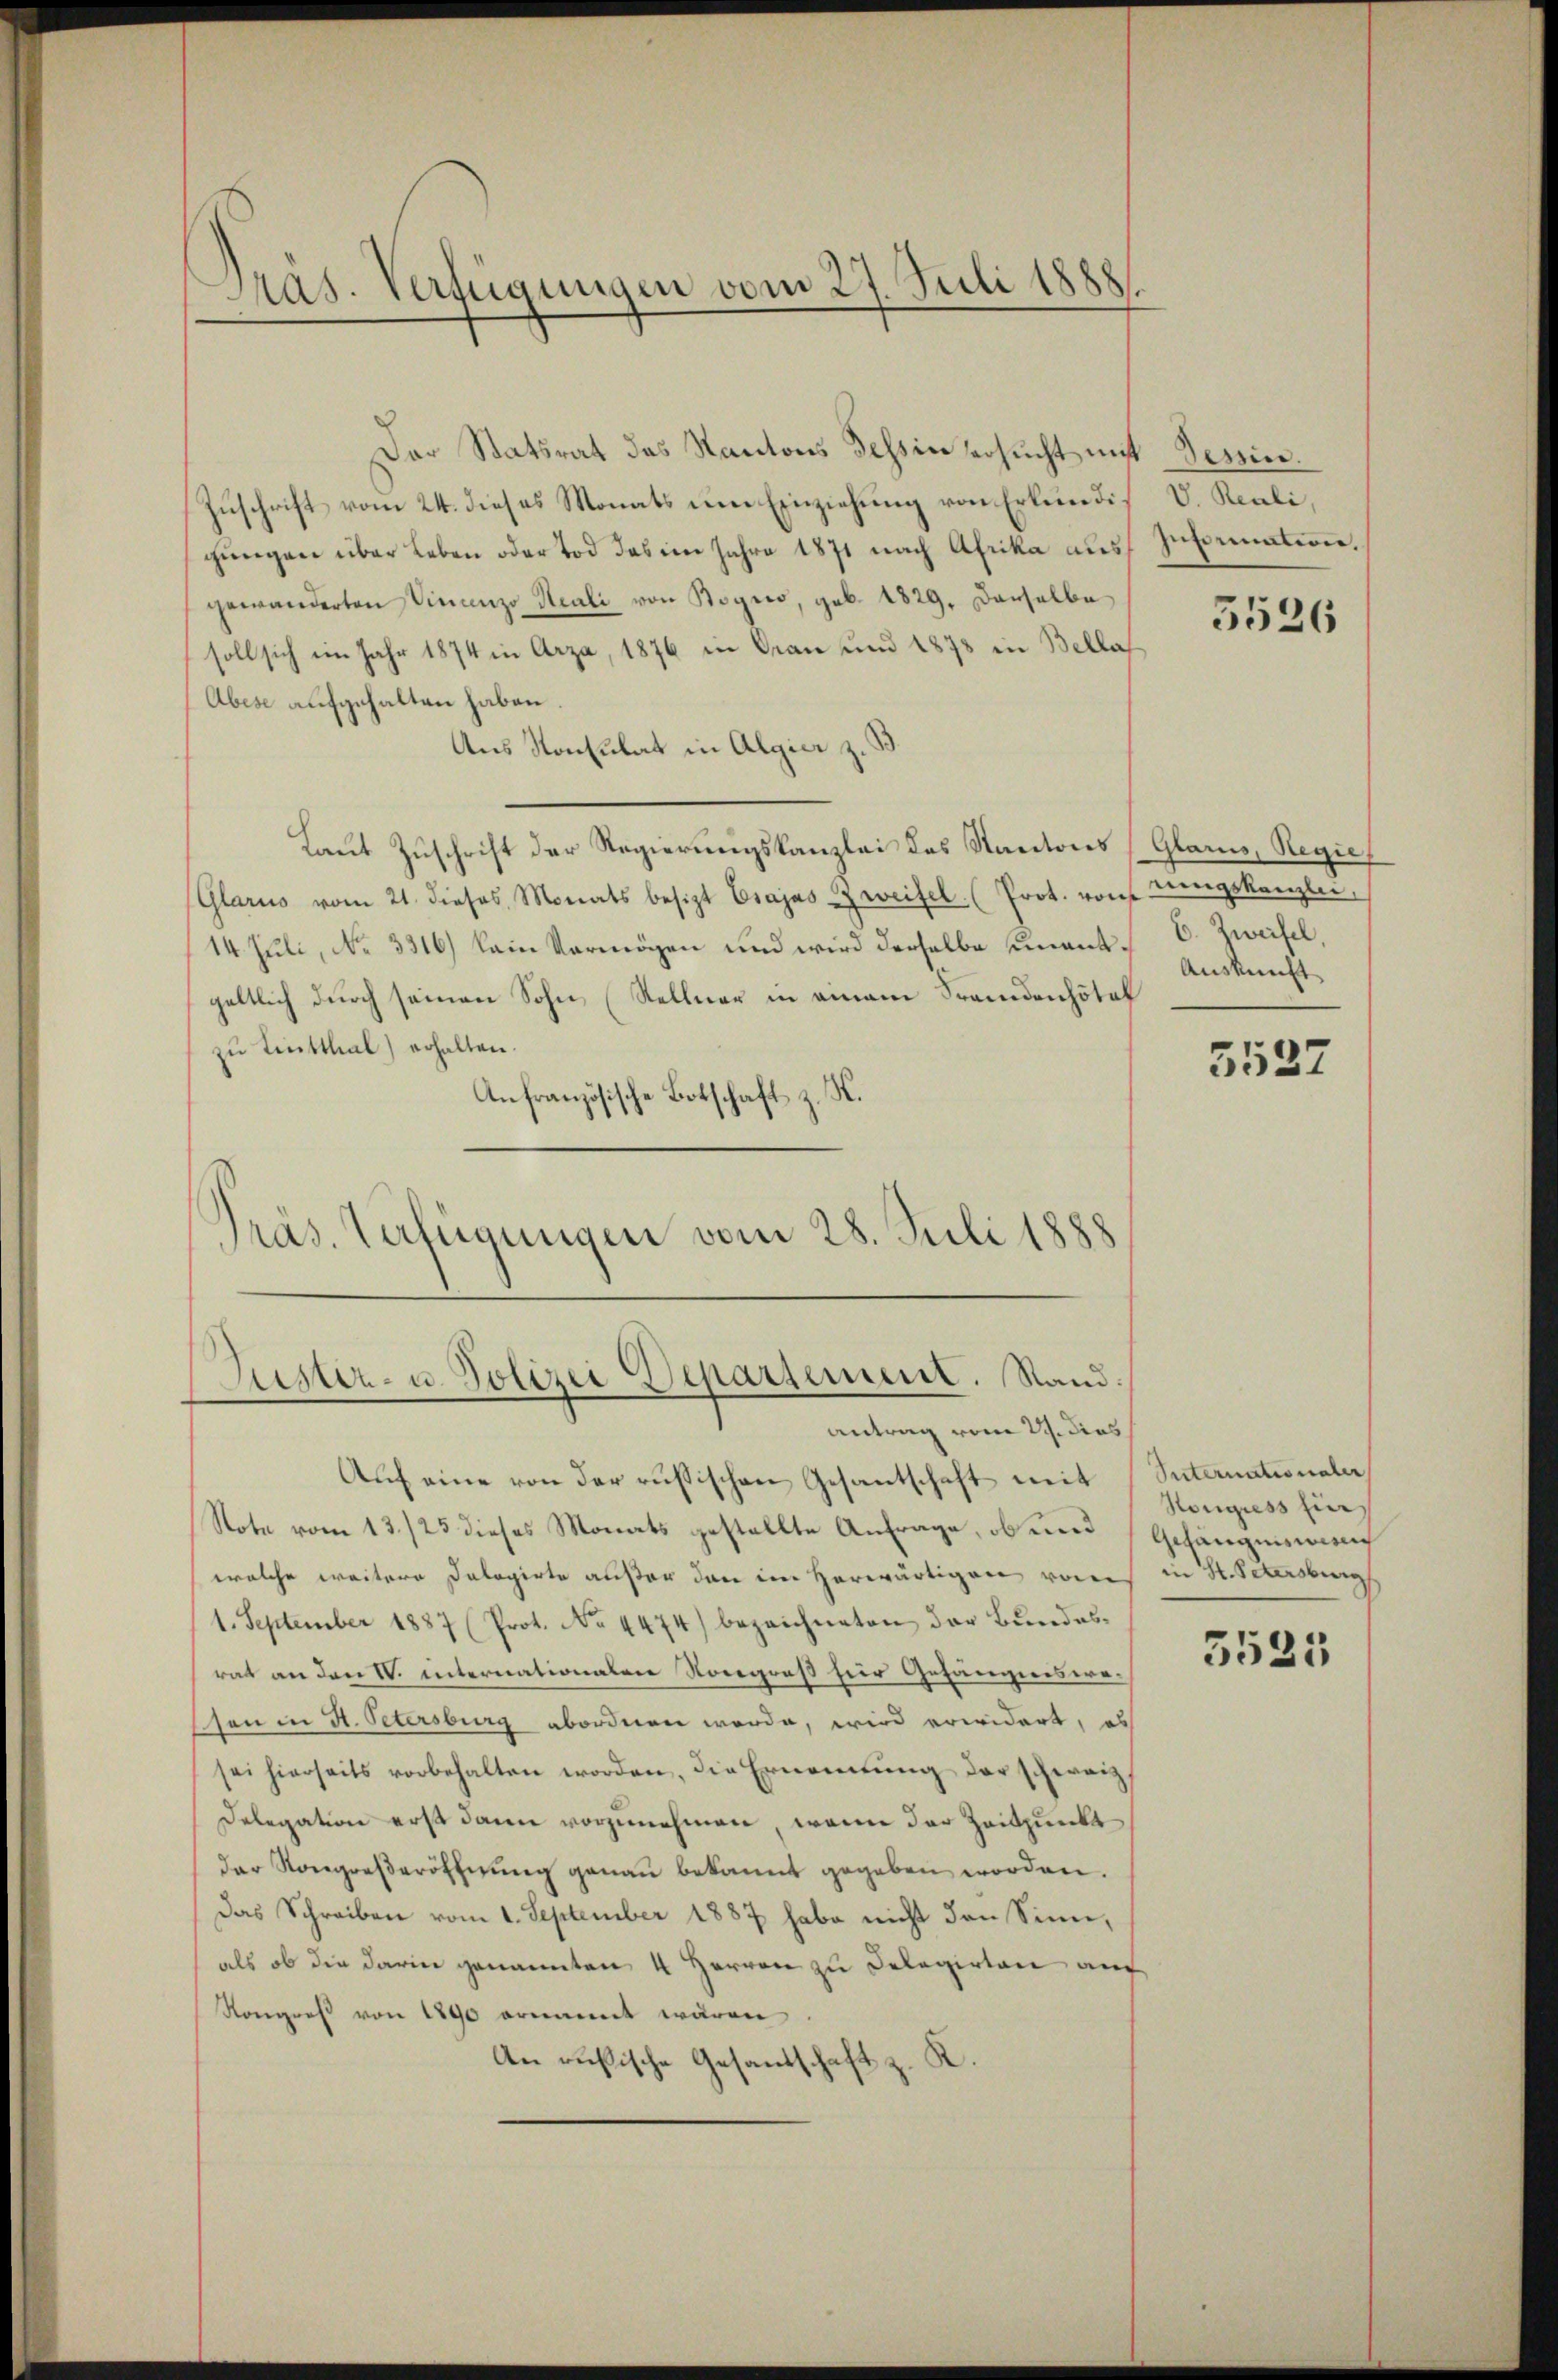
Präs. Verfügungen vom 27. Juli 1888

Der Statsrat das Kantons Tessin ersucht mit
Zuschrift vom 24. dieses Monats um Einziehung von Erkundigungen über Leben oder Tod das im Jahre 1871 nach Afrika aus
gewanderten Vinanze Reali von Bogio, geb. 1829, derselbe
soll sich im Jahr 1874 in Arza, 1876 in Gran und 1873 in Bella
Aber aufgehalten haben.
Aus Konsulat in Algier z. B.
Laut Zuschrift der Regierungskanzlei des Kantons
(Glarus vom 21. dieses Monats besizt Csajas Zweifel. (Prot. von dingskanzlei,
14. Juli, No 3316) kein Vermögen und wird derselbe ementgeltlich durch seinen Sohn (Stellner in einem Frandenhotel
zu Teutthal) erhalten.
Anfranzösische Botschaft z. K.
Präs. Verfügungen vom 28. Juli 1888

Liester- u. Polizei Departement. Sandantrag vom 21. dies

Aŭf eine von der russischen Gesantschaft mit Suternationaler
Note vom 13./25 dieses Monats gestellte Anfrage, ob und Gefängnis auf
welche weitere Dalogirte außer den im herwärtigen vom
1. September 1887 (Prot. No. 4474) bezeichneten der Bundesrat an den IV. Internationalen Nongreß für Gefängnisreshon in A. Petersburg abordnen werde, wird erwidert, es
sei hierseits vorbehalten worden, die Ernennung der schweiz
Delegation erst dann vorzunehmen, wenn der Zeitpunkt
der Kongreßeröffnung genau bekannt gegeben worden.
Das Schreiben vom 1. September 1887 habe nicht den Sinn,
als ob die darin genannten 4 Herren zu Delegirten auf
Kongreß von 1890 ernannt wären
An russische Gesandschaft z. K.

Tessin.
V. Reali,
Insinuation,

5526

Glarus, Regie
6. Zweifel,
Auskunft

5527

Hougiess hie
in St. Petersburg

3535